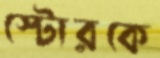
স্টোরকে